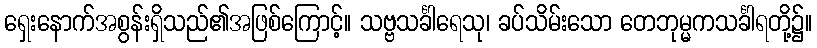
ရှေးနောက်အစွန်းရှိသည်၏အဖြစ်ကြောင့်။ သဗ္ဗသင်္ခါရေသု၊ ခပ်သိမ်းသော တေဘုမ္မကသင်္ခါရတို့၌။